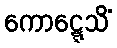
ကောဋ္ဋေသိံ